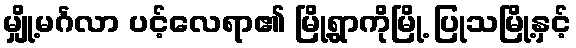
မျှို့မင်္ဂလာ ပင့်လေရာ၏ မြို့ရွာကိုမြို့ ပြုသမြို့နှင့်